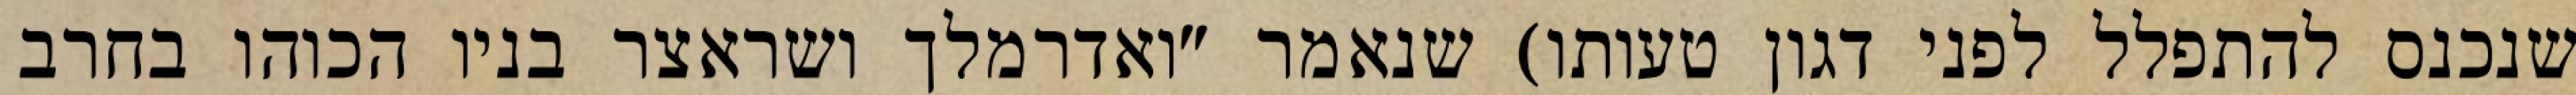
שנכנס להתפלל לפני דגון טעותו) שנאמר "ואדרמלך ושראצר בניו הכוהו בחרב